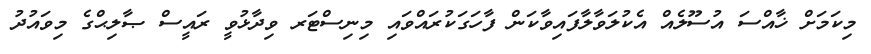
މިކަމަށް ޚާއްސަ އުސޫލެއް އެކުލަވާލާފައިވާކަން ފާހަގަކުރައްވައި މިނިސްޓަރ ވިދާޅުވީ ރައީސް ޞާލިޙްގެ މިވައުދު